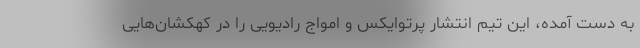
به دست آمده، این تیم انتشار پرتوایکس و امواج رادیویی را در کهکشان‌هایی